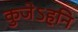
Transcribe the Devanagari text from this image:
कुजेऽहनि